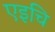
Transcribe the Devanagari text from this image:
एइचि